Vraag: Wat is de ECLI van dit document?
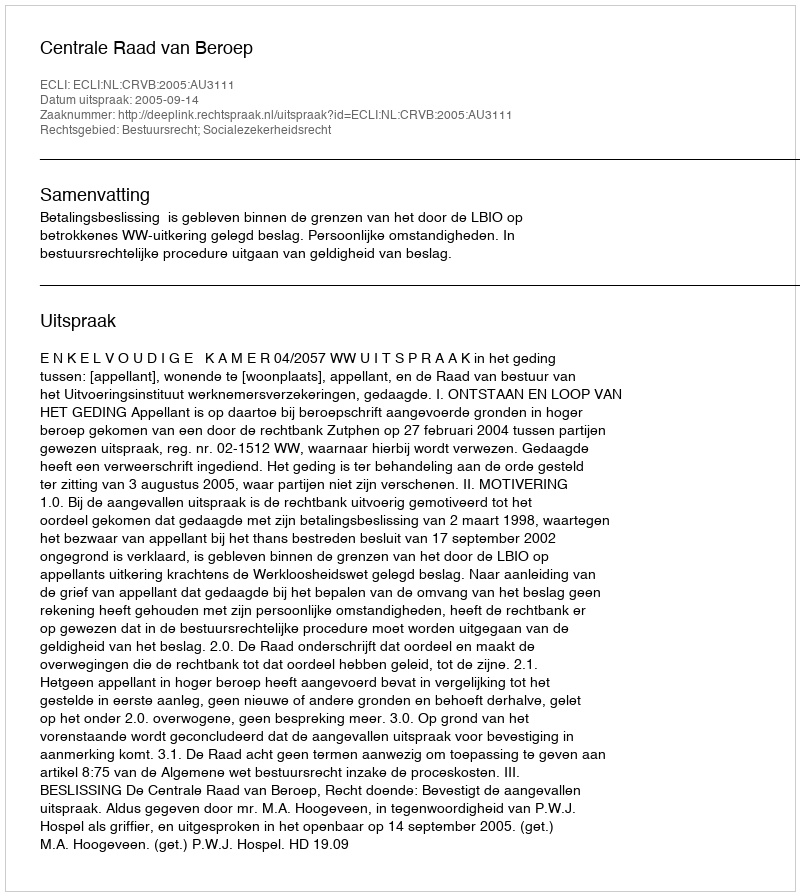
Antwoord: ECLI:NL:CRVB:2005:AU3111